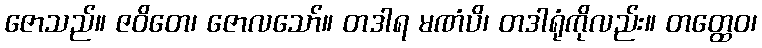
ဇောသည်။ ဇဝိတေ၊ ဇောလသော်။ တဒါရ မဏံပိ၊ တဒါရုံကိုလည်း။ တတ္ထေဝ၊